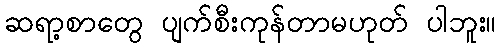
ဆရာ့စာတွေ ပျက်စီးကုန်တာမဟုတ် ပါဘူး။